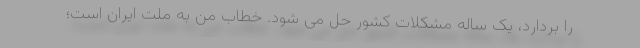
را بردارد، یک ساله مشکلات کشور حل می شود. خطاب من به ملت ایران است؛